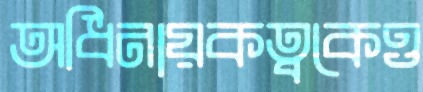
অধিনায়কত্বকেও